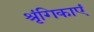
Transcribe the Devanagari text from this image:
श्रृंगिकाएं